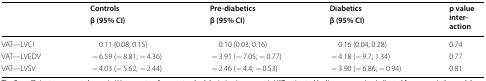
<table><thead><tr><td rowspan="2"></td><td><b>Controls</b></td><td><b>Pre-diabetics</b></td><td><b>Diabetics</b></td><td rowspan="2"><b>p value inter-action</b></td></tr><tr><td><b>β (95% CI)</b></td><td><b>β (95% CI)</b></td><td><b>β (95% CI)</b></td></tr></thead><tbody><tr><td>VAT—LVCI</td><td>0.11 (0.08; 0.15)</td><td>0.10 (0.03; 0.16)</td><td>0.16 (0.04; 0.28)</td><td>0.74</td></tr><tr><td>VAT—LVEDV</td><td>− 6.59 (− 8.81; − 4.36)</td><td>− 3.91 (− 7.05; − 0.77)</td><td>− 4.18 (− 9.7; 1.34)</td><td>0.77</td></tr><tr><td>VAT—LVSV</td><td>− 4.03 (− 5.62; − 2.44)</td><td>− 2.46 (− 4.4; − 0.53)</td><td>− 3.90 (− 6.86; − 0.94)</td><td>0.81</td></tr></tbody></table>